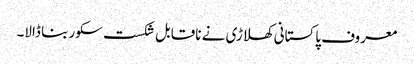
معروف پاکستانی کھلاڑی نے ناقابل شکست سکور بنا ڈالا۔